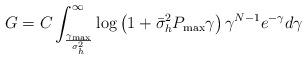
LaTeX: \begin{align*}G &= C\int_{\frac{\gamma_{\max}}{\sigma_h^2}}^\infty \log\left(1+\bar{\sigma}_h^2P_{\max}\gamma \right)\gamma^{N-1}e^{-\gamma}d\gamma\end{align*}